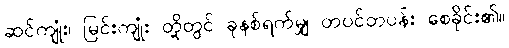
ဆင်ကျုံး၊ မြင်းကျုံး တို့တွင် ခုနစ်ရက်မျှ တပင်တပန်း စေခိုင်း၏။